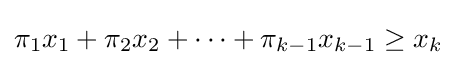
\pi _{1}x_{1}+\pi _{2}x_{2}+\cdots +\pi _{k-1}x_{k-1}\geq x_{k}\,\!